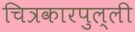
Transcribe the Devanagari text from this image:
चित्रकारपुल्ली